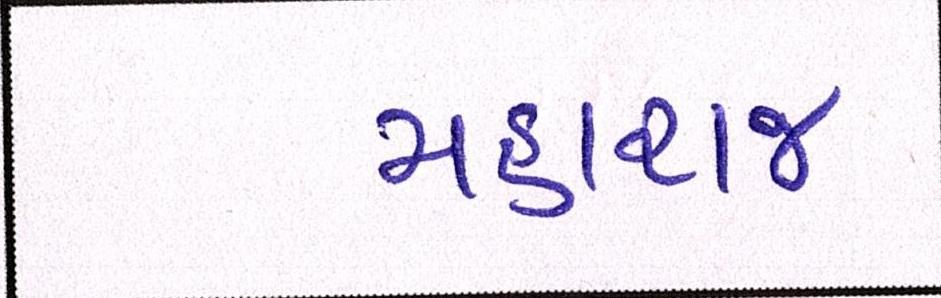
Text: મહારાજ